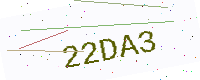
Text: 22DA3